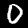
Label: 0